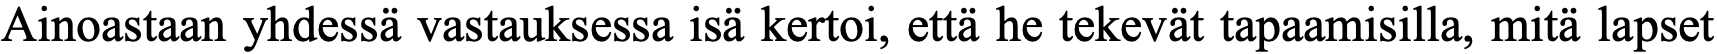
Ainoastaan yhdessä vastauksessa isä kertoi, että he tekevät tapaamisilla, mitä lapset